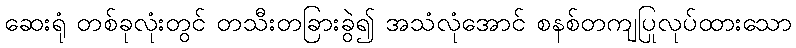
ဆေးရုံ တစ်ခုလုံးတွင် တသီးတခြားခွဲ၍ အသံလုံအောင် စနစ်တကျပြုလုပ်ထားသော